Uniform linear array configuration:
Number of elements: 12
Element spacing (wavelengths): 1
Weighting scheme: cosine
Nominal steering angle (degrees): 45
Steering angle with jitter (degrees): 46.577
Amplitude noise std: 0.05
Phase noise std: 0.05

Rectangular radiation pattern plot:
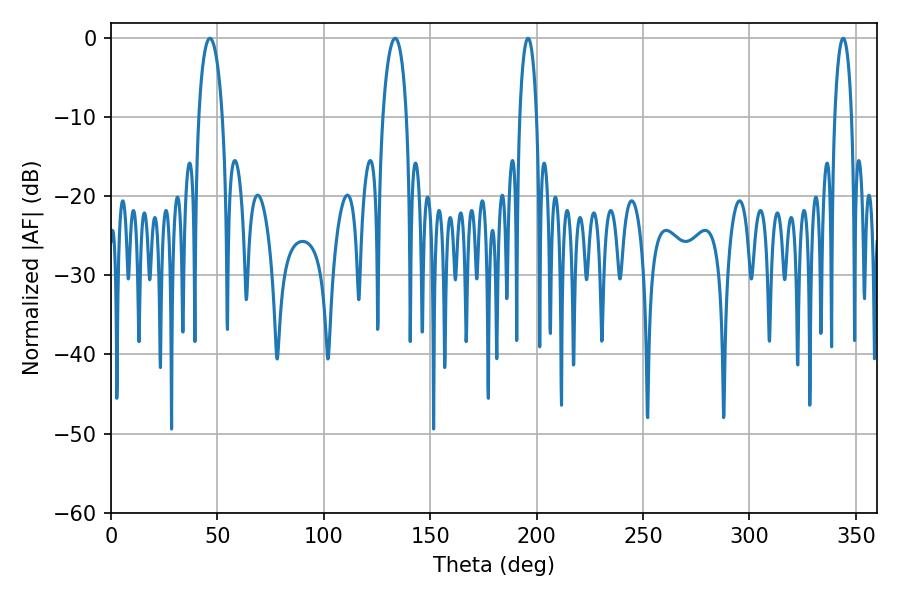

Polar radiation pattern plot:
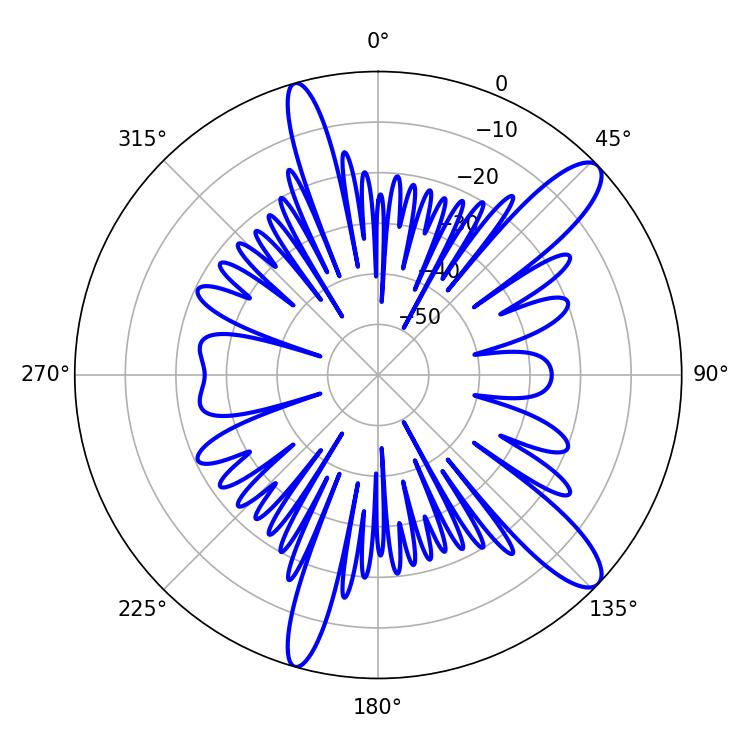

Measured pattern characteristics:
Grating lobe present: TRUE
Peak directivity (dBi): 12.008
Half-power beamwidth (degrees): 6.3
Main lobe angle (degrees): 133.56